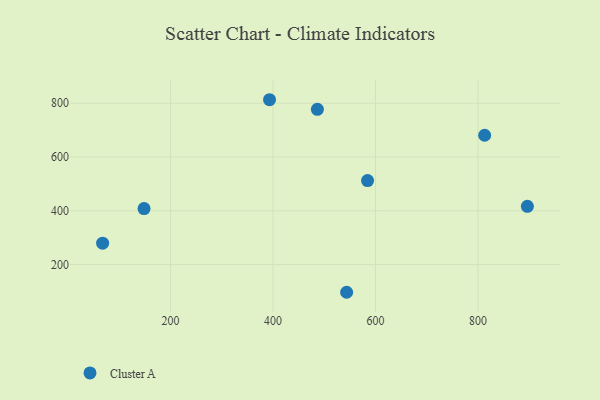
{"axis": {"x": "Study Hours", "y": "Salary"}, "legend": ["Cluster A"], "data": [{"x": "67.4", "y": 279.5, "type": "Cluster A"}, {"x": "393.1", "y": 813.0, "type": "Cluster A"}, {"x": "812.9", "y": 680.9, "type": "Cluster A"}, {"x": "486.5", "y": 777.2, "type": "Cluster A"}, {"x": "543.6", "y": 97.0, "type": "Cluster A"}, {"x": "896.3", "y": 416.6, "type": "Cluster A"}, {"x": "148.2", "y": 408.1, "type": "Cluster A"}, {"x": "584.4", "y": 512.4, "type": "Cluster A"}]}